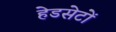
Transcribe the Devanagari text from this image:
हेडसेटों